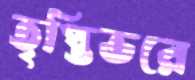
তৃপ্তিভরে